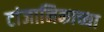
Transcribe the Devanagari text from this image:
टांजानिकाच्या